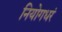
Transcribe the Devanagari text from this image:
नियोगधरं